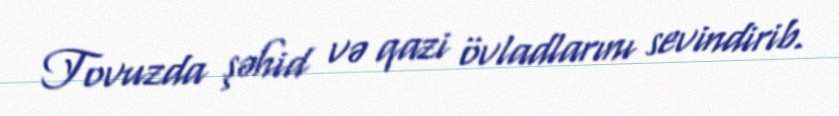
Tovuzda şəhid və qazi övladlarını sevindirib.